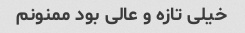
خیلی تازه و عالی بود ممنونم